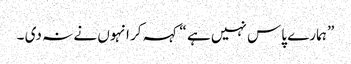
” ہمارے پاس نہیں ہے “کہہ کر انہوں نے نہ دی ۔